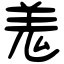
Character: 羗